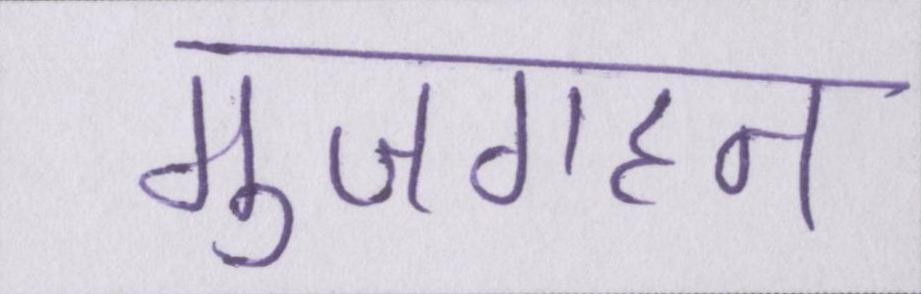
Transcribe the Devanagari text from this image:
मुजगहन